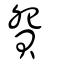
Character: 𧵍